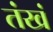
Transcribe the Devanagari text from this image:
तंखं